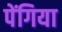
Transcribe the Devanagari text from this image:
पेंगिया